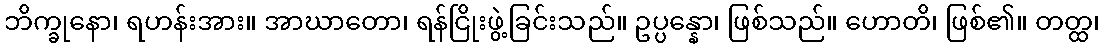
ဘိက္ခုနော၊ ရဟန်းအား။ အာဃာတော၊ ရန်ငြိုးဖွဲ့ခြင်းသည်။ ဥပ္ပန္နော၊ ဖြစ်သည်။ ဟောတိ၊ ဖြစ်၏။ တတ္ထ၊